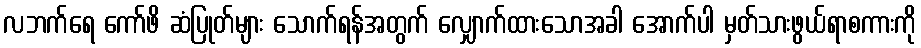
လဘက်ရေ ကော်ဖိ ဆံပြုတ်များ သောက်ရန်အတွက် လျှောက်ထားသောအခါ အောက်ပါ မှတ်သားဖွယ်ရာစကားကို